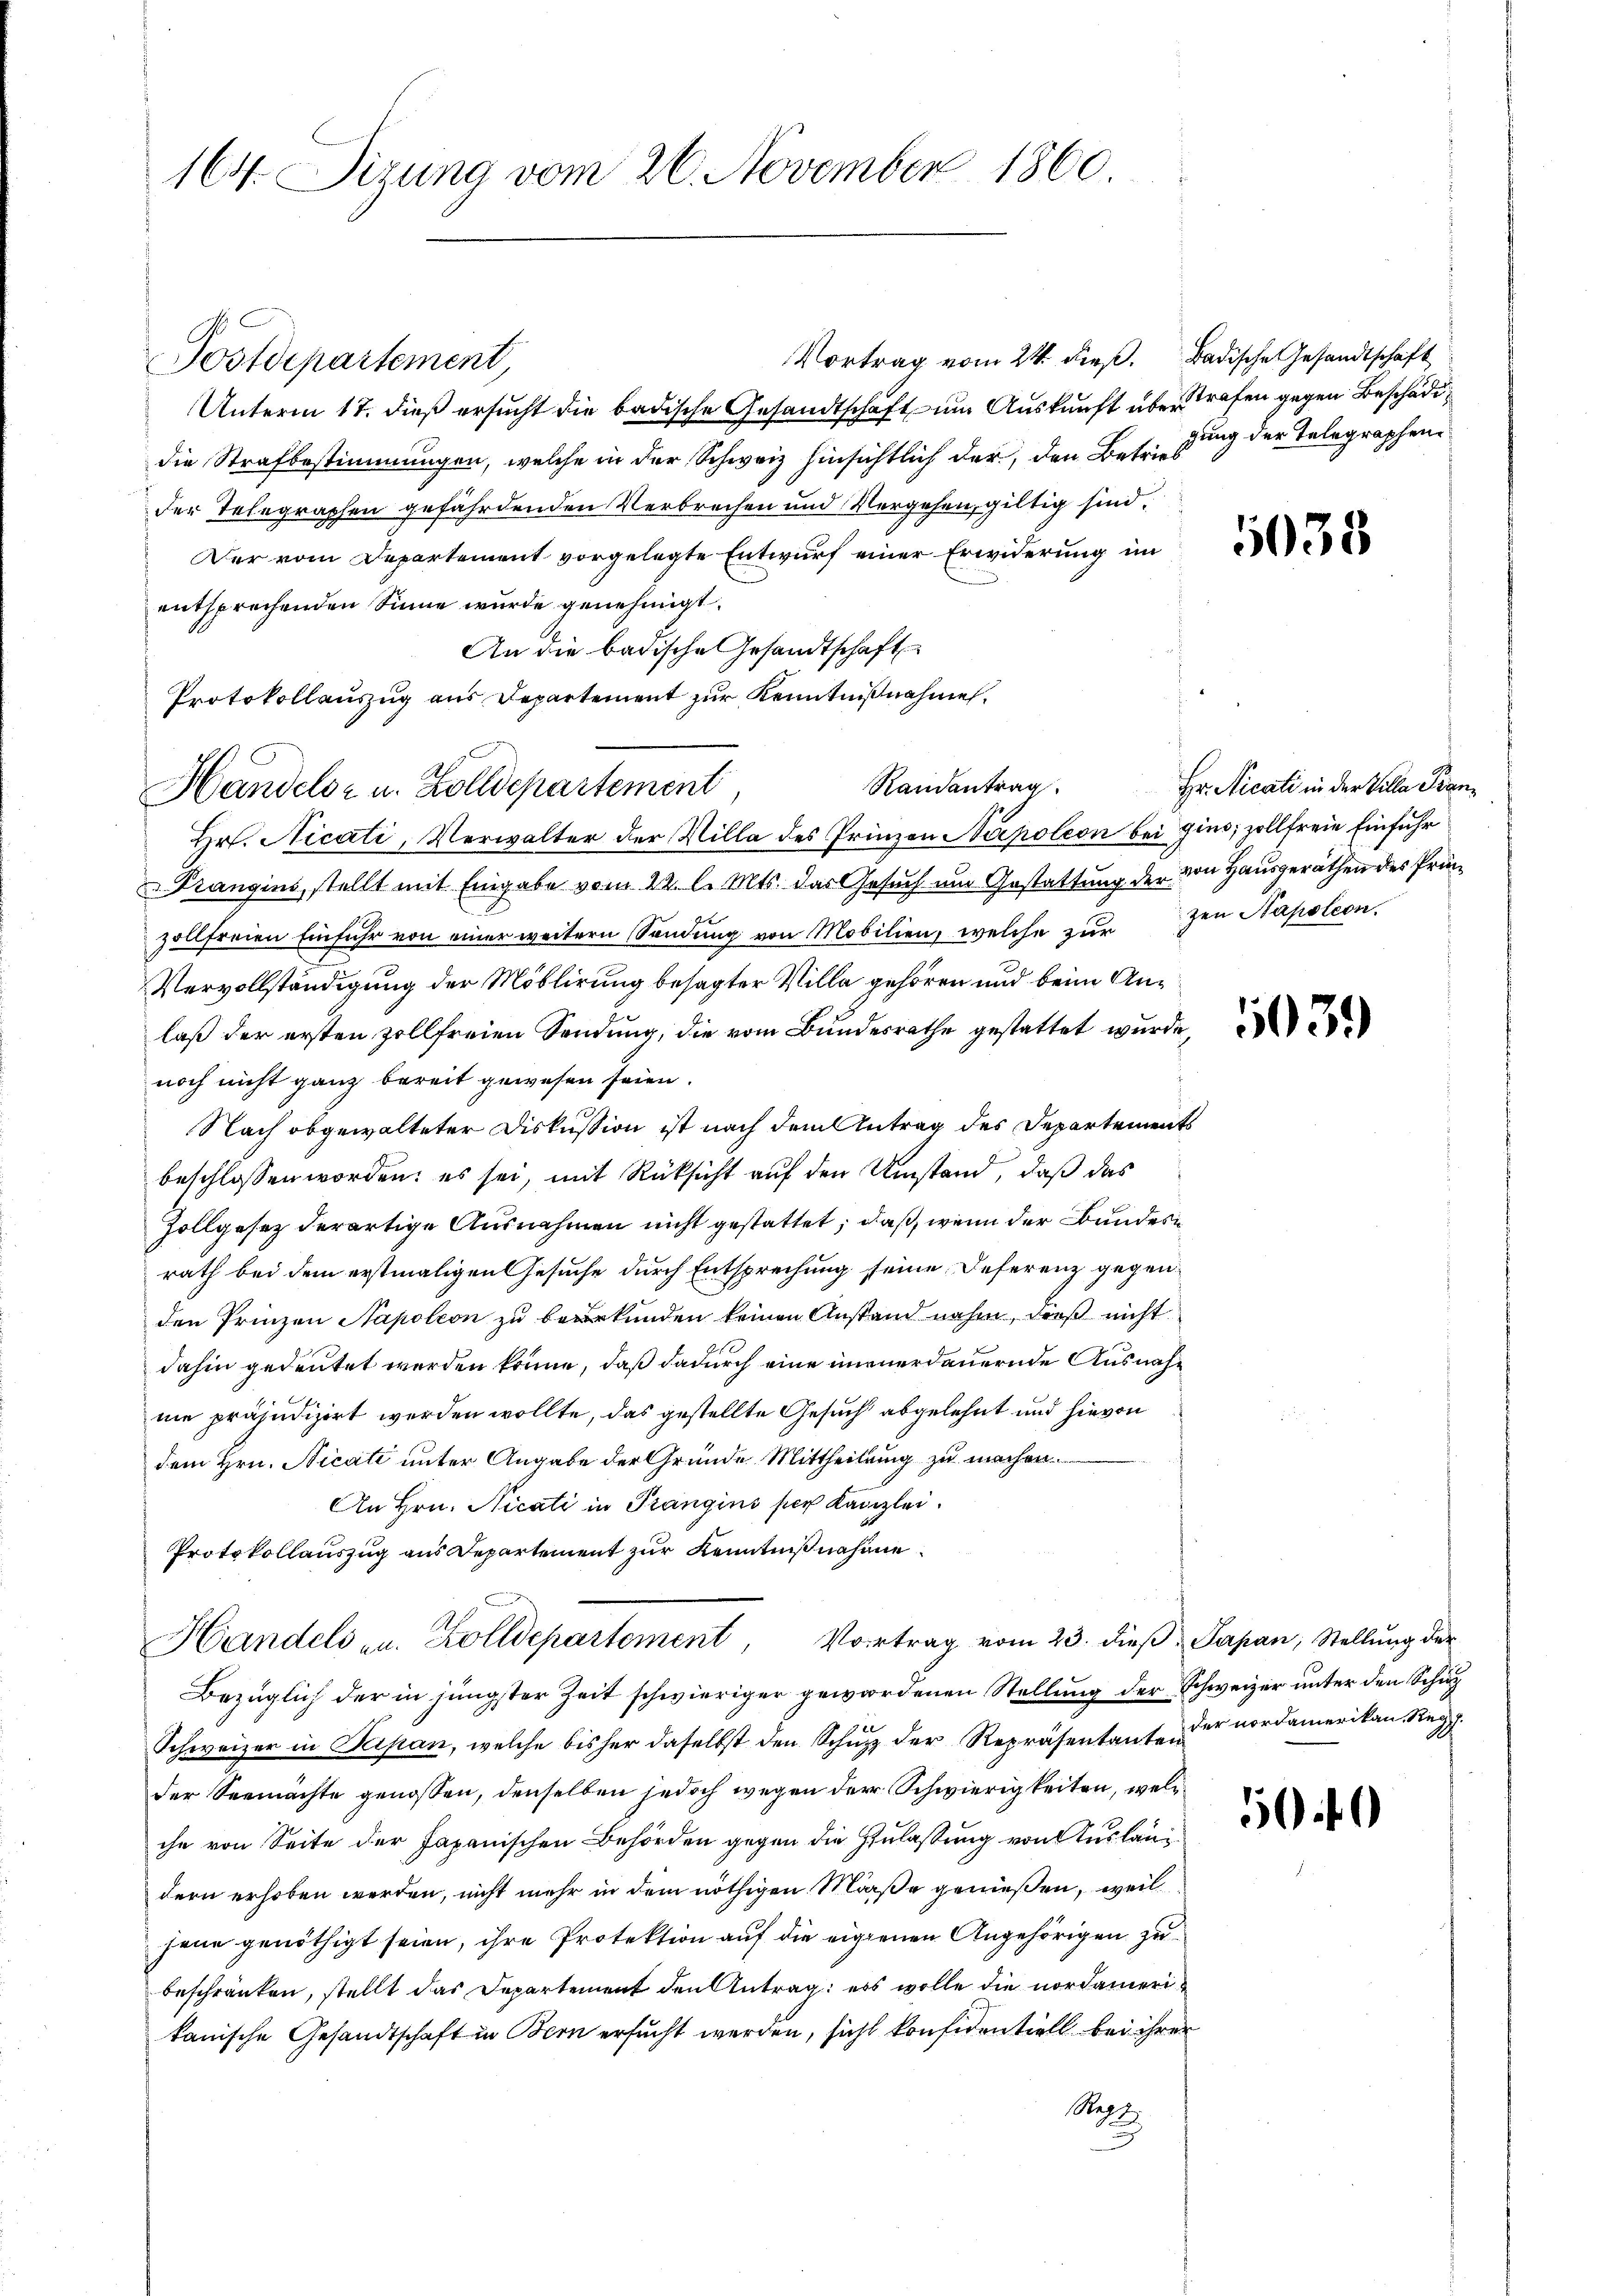
164. Sizung vom 26. November 1860.

Vortrag vom 24. dieß. Badische Gesandtschaft
Postdepartement
Unterm 17. dieß ersucht die badische Gesandtschaft um Auskunft überstrafen gegen Beschädidie Strafbestimmungen, welche in der Schweiz hinsichtlich der, den Betretung der Telegraphender Telegraphen gefährdenden Verbrechen und Vergehen, giltig sind.
Der vom Departement vorgelegte Entwurf einer Erwiderung im
entsprechenden Sinne wurde genehmigt.
An die badische Gesandtschaft
Protokollauszug aus Departement zur Kenntnißnahme.
Randantrag
Hrt. Nicati, Verwalter der Villa des Prinzen Napoleon bei ging; zollfreie Einfuhr
Drangins, stellt mit Eingabe vom 22. l. Mts. das Gesuch um Gestattung der von Hausgeräthen des Prinzollfreien Einfuhr von einer weitern Sandŭng von Mobilien, welche zŭr Zen Napoleon
Vervollständigung der Möblirung besagter Villa gehören und beim Anlaß der ersten zollfreien Sendung, die vom Bundesrathe gestattet wurde
noch nicht ganz bereit gewesen seien.
Nach abgewalteter Diskussion ist nach dem Antrag des Departements
beschlossen worden; es sei, mit Rücksicht auf den Umstand, daß das
Zollgesetz derartige Ausnahmen nicht gestattet, daß, wenn der Bundes
rath bei dem erstmaligen Gesuche durch Entsprechung seine Deferenz gegenden Prinzen Napoleon zu beurkunden keinen Anstand nahm, dieß nicht
dahin gedeutet werden könne, daß dadurch eine unverdauernde Ausnahnie präjudizirt werden wollte, das gestellte Gesuch abgelehnt und hievon
dem Hrn. Nicati unter Angabe der Gründe Mittheilung zu machen.
An Hrn. Nicati in Prangins per Kanzlei.
Protokollauszug aus Departement zur Kenntnißnahme
Handels- u. Zolldepartement, Vortrag vom 23. dieβ, Sapan, Stellŭng der
Bezüglich der in jüngster Zeit schwieriger gewordenen Stellung der Schweizer unter den Schup
Schweizer in Kipan, welche bisher daselbst den Schŭpp der Repräsentante der nordamerikan, Reg
der Seemächte genossen, denselben jedoch wegen der Schwierigkeiten, welihn von Seite der Japanischen Behörden gegen die Zulaßung von Auslang
dern erhoben werden, nicht mehr in dem nöthigen Maße genießen, weil
jene genöthigt seien, ihre Protektion auf die eigenen Angehörigen zu
beschränken, stellt das Departement den Antrag: es wolle die nordamerikanische Gesandtschaft in Bern ersucht werden, sicht konfidentiell bei ihrer
Regt.
u

Handels- u. Zolldepartement

1038

Hr. Nicati in der Villa Pran¬

5039

50